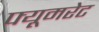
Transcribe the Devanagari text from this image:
फ्यूमरेट